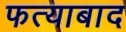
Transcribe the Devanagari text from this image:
फत्याबाद